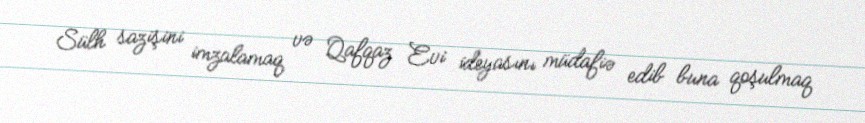
Sülh sazişini imzalamaq və Qafqaz Evi ideyasını müdafiə edib buna qoşulmaq